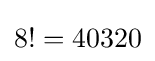
8!=40320